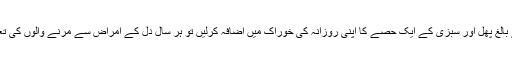
ان کے تخمینوں کے مطابق اگر تمام عمر کے بالغ پھل اور سبزی کے ایک حصے کا اپنی روزانہ کی خوراک میں اضافہ کرلیں تو ہر سال دل کے امراض سے مرنے والوں کی تعداد میں تقریباً 11 ہزار کی کمی ہو جائے گی۔